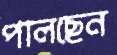
পালছেন